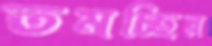
তমচ্ছির